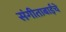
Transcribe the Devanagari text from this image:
संगीताबाईंचे